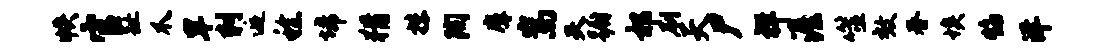
帙官趾爪旱刺逅稔埽猾抹陶摩嵩夫蹰祁刷天尸祥渥噬效春埃焰洋